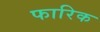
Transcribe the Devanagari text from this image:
फारिक